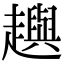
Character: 𧾚